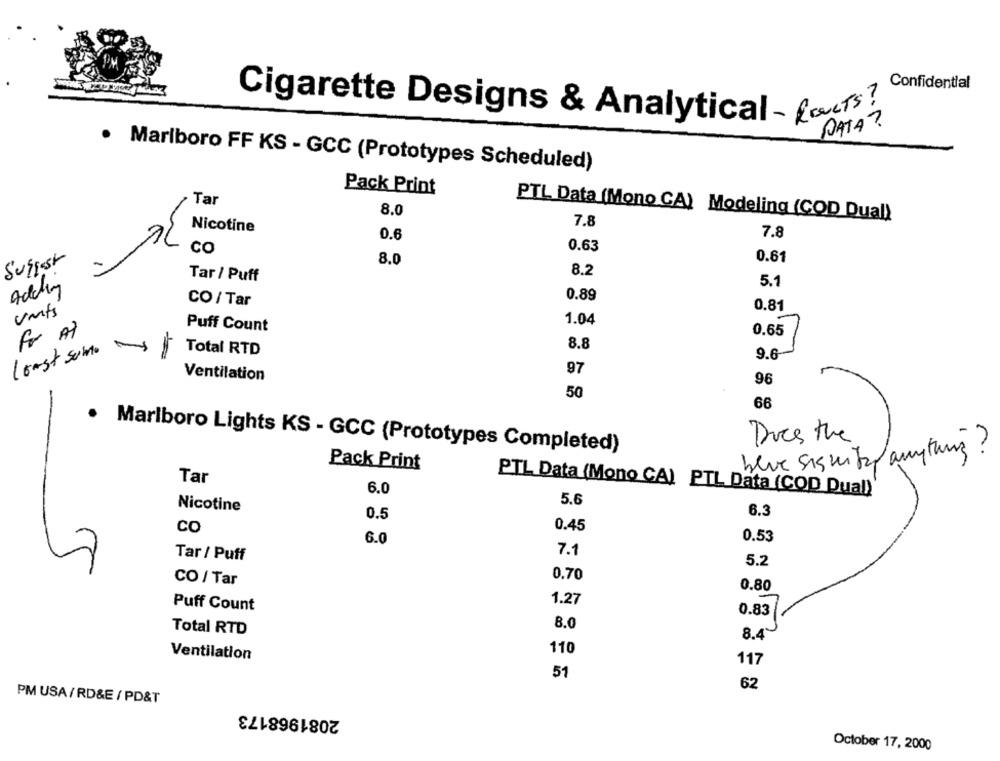
Confidential
Cigarette Designs & Analytical - forts!
DATA?
. Marlboro FF KS - GCC (Prototypes Scheduled)
Pack Print
Tar
8.0
PTL Data (Mono CA) Modeling (COD Dual)
Nicotine
7.8
0.6
7.8
co
0.63
Suggest
0.61
8.0
8.2
Tar / Puff
Adding
5.1
0.89
CO / Tar
vants
0.81
Puff Count
1.04
For AT
0.65
Total RTD
8.8
least some
9.6
97
Ventilation
96
50
66
Doce the
Marlboro Lights KS - GCC (Prototypes Completed)
beve signify amytunis ?
Pack Print
Tar
6.0
PTL Data (Mono CA) PTL Data (COD Dual)
5.6
Nicotine
0.5
6.3
CO
0.45
6.0
0.53
Tar / Puff
7.1
5.2
0.70
CO / Tar
0.80
1.27
Puff Count
0.83
8.0
Total RTD
8.4
110
Ventilation
117
51
62
PM USA/RD&E / PD&T
2081968173
October 17, 2000